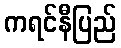
ကရင်နီပြည်